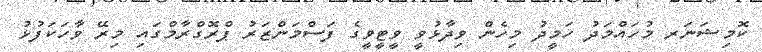
ކޮމިޝަނަރ މުހައްމަދު ހަމީދު މިހެން ވިދާޅުވީ ވީޓީވީގެ ފަސްމަންޒަރު ޕްރޮގްރާމްގައި މިރޭ ވާހަކަފުޅު